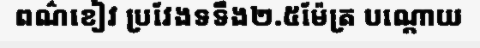
ពណ៌ខៀវ ប្រវែងទទឹង២.៥ម៉ែត្រ បណ្តោយ